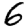
Digit: 6